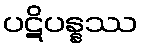
ပဋိပန္နဿ